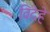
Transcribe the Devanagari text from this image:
विदेहे